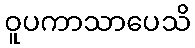
ဝူပကာသာပေသိ